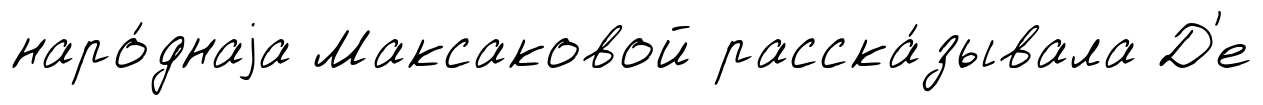
наро́днаjа Максаковой расска́зывала Д'е